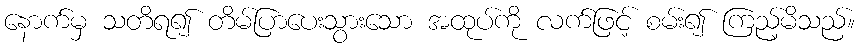
နောက်မှ သတိရ၍ တိမ်ပြာပေးသွားသော အထုပ်ကို လက်ဖြင့် စမ်း၍ ကြည့်မိသည်။